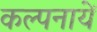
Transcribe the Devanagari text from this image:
कल्पनायें